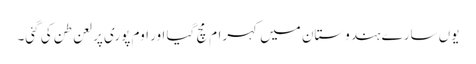
یوں سارے ہندوستان میں کہرام مچ گیا اور اوم پوری پر لعن طن کی گئی۔